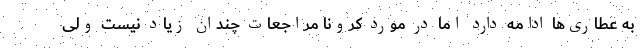
به عطاری‌ها ادامه دارد اما در مورد کرونا مراجعات چندان زیاد نیست ولی